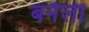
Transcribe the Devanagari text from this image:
बनैली